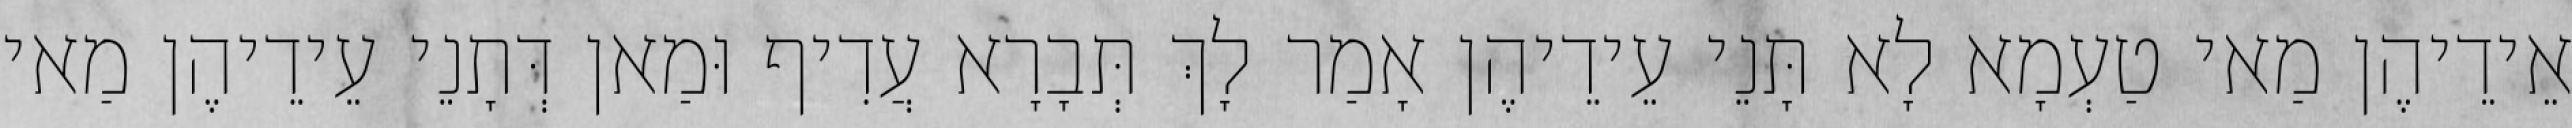
אֵידֵיהֶן מַאי טַעְמָא לָא תָּנֵי עֵידֵיהֶן אָמַר לָךְ תְּבָרָא עֲדִיף וּמַאן דְּתָנֵי עֵידֵיהֶן מַאי